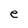
Character: e